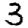
Digit: 3